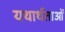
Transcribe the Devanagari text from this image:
यथार्थताओं